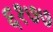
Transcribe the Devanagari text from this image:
६१७७